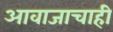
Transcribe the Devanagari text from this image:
आवाजाचाही